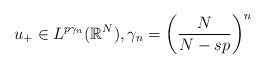
LaTeX: \begin{align*} u_+\in L^{p\gamma_n}(\mathbb{R}^N),\gamma_n=\left(\frac{N}{N-sp}\right)^n \end{align*}